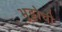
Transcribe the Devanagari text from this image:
भुट्टोची